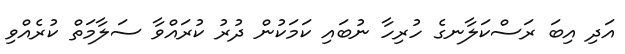
އަދި އިބަ ރަސްކަލާނގެ ހުރިހާ ނުބައި ކަމަކުން ދުރު ކުރައްވާ ސަލާމަތް ކުރެއްވި